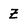
Character: z